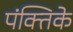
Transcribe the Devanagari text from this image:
पंक्तिके